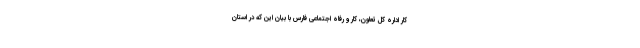
کار اداره کل تعاون، کار و رفاه اجتماعی فارس با بیان این که در استان